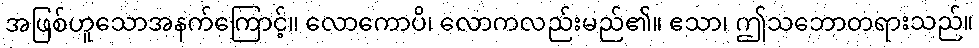
အဖြစ်ဟူသောအနက်ကြောင့်။ လောကောပိ၊ လောကလည်းမည်၏။ ဧသာ၊ ဤသဘောတရားသည်။